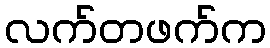
လက်တဖက်က